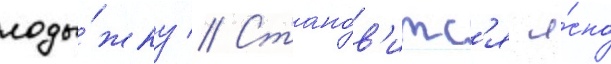
лоды́жку // Стано́в'итс'я я́сно